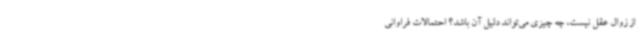
از زوال عقل نیست، چه چیزی می‌تواند دلیل آن باشد؟ احتمالات فراوانی